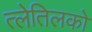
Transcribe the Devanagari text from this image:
त्लेतिलको